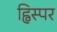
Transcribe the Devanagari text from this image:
ह्विस्पर